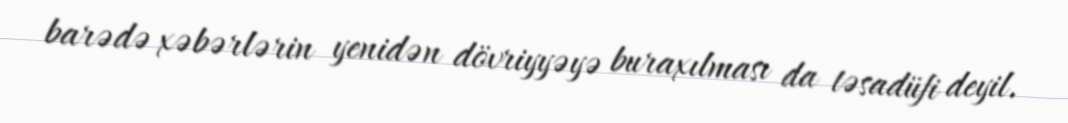
barədə xəbərlərin yenidən dövriyyəyə buraxılması da təsadüfi deyil.